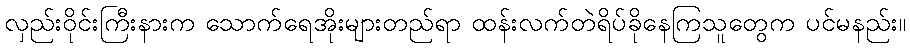
လှည်းဝိုင်းကြီးနားက သောက်ရေအိုးများတည်ရာ ထန်းလက်တဲရိပ်ခိုနေကြသူတွေက ပင်မနည်း။